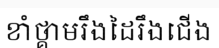
ខាំថ្គាមរឹងដៃរឹងជើង